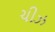
ચીઝ